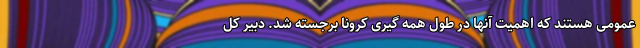
عمومی هستند که اهمیت آنها در طول همه گیری کرونا برجسته شد. دبیر کل